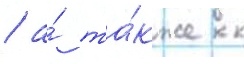
/ а́ та́кже к